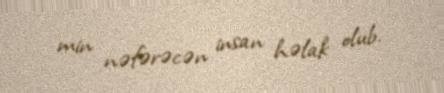
min nəfərəcən insan həlak olub.